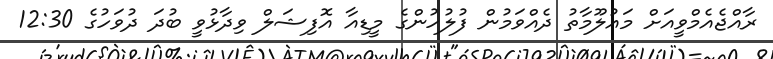
ރާއްޖެއެމްވީއަށް މައުލޫމާތު ދެއްވަމުން ފުލުހުންގެ މީޑިއާ އޮފިޝަލް ވިދާޅުވީ ބުދަ ދުވަހުގެ 12:30